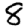
Digit: 8